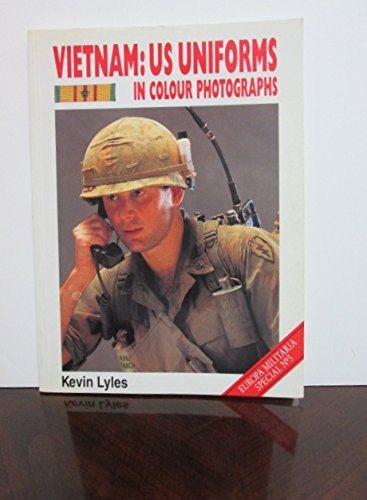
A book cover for Vietnam: U.S. Uniforms in Colour Photographs (Europa Militaria, Special No 3); Kevin Lyles; History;